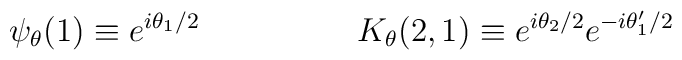
\psi_{\theta}(1) \equiv e^{i\theta_{1}/2} \hspace{2cm}K_{\theta}(2,1) \equiv e^{i\theta_{2}/2 } e^{-i\theta_{1}^{\prime}/2}